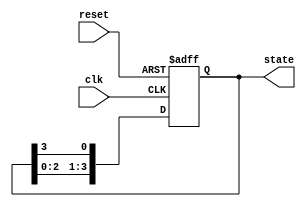
module ring_counter_moore (
    input wire clk,          // Clock input
    input wire reset,        // Asynchronous reset input
    output reg [N-1:0] state // Output representing current state (N-bit)
);

parameter N = 4; // Number of bits in the ring counter

// Initialize the state
always @(posedge clk or posedge reset) begin
    if (reset) begin
        state <= 1'b1; // Set initial state to 000...001
    end else begin
        // Shift the '1' to the next flip-flop
        state <= {state[N-2:0], state[N-1]}; // Shift right
    end
end

// Outputs can be defined based on the current state
// Example outputs for each state
always @(*) begin
    case (state)
        4'b0001: output_signal = O0; // Output for State 0
        4'b0010: output_signal = O1; // Output for State 1
        4'b0100: output_signal = O2; // Output for State 2
        4'b1000: output_signal = O3; // Output for State 3
        default: output_signal = 1'b0; // Default case (should not occur)
    endcase
end

endmodule